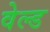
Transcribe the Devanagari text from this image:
वेल्‍ड